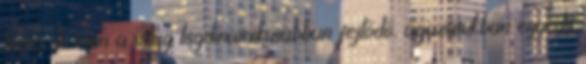
haza. A zsűri a világ legdinamikusabban fejlődő, ágazatukban egyedit